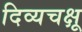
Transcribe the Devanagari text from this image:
दिव्यचक्षू